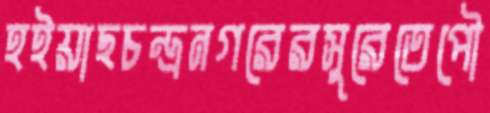
হইয়াছচন্দ্রনগরেরসুরেতেপৌ